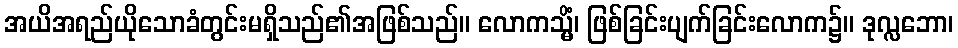
အယိအရည်ယိုသောခံတွင်းမရှိသည်၏အဖြစ်သည်။ လောကသ္မိံ၊ ဖြစ်ခြင်းပျက်ခြင်းလောက၌။ ဒုလ္လဘော၊